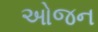
ઓજન